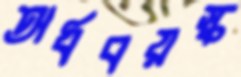
অর্ধবয়স্ক